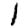
Digit: 1